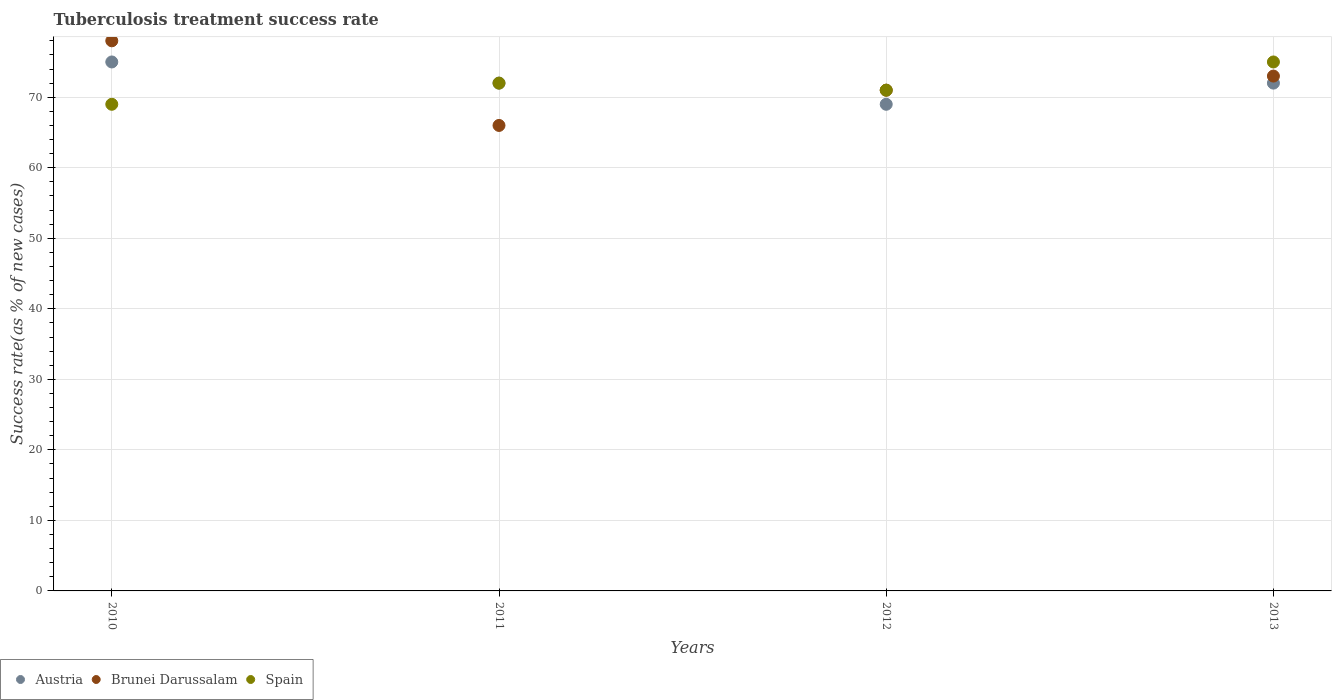
| Years | Austria | Brunei Darussalam | Spain |
 | --- | --- | --- | --- |
 | 2010 | 75 | 78 | 69 |
 | 2011 | 72 | 66 | 72 |
 | 2012 | 69 | 71 | 71 |
 | 2013 | 72 | 73 | 75 |